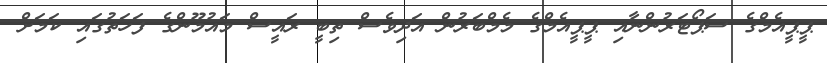
ޕީޕީއެމްގެ ސަޕޯޓަރުންނާއި ޕީޕީއެމްގެ މެމްބަރުން އަދިވެސް ތިބީ ރައީސް މައުމޫންގެ ފަހަތުގައި ކަމަށް